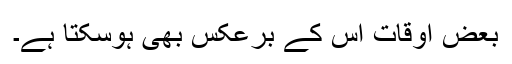
بعض اوقات اس کے برعکس بھی ہوسکتا ہے۔